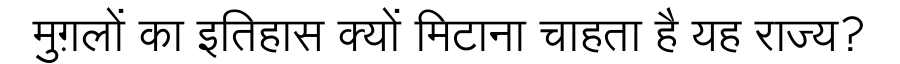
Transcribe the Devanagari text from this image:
मुग़लों का इतिहास क्यों मिटाना चाहता है यह राज्य?